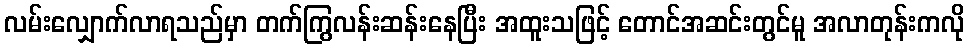
လမ်းလျှောက်လာရသည်မှာ တက်ကြွလန်းဆန်းနေပြီး အထူးသဖြင့် တောင်အဆင်းတွင်မူ အလာတုန်းကလို